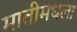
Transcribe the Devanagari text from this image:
मातीमधला